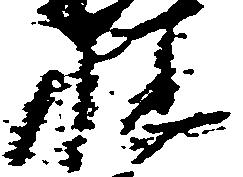
性